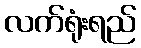
လက်ရုံးရည်